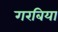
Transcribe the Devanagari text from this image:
गरबिया